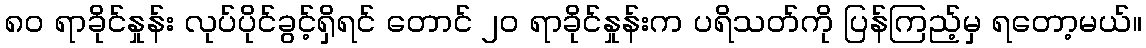
၈၀ ရာခိုင်နှုန်း လုပ်ပိုင်ခွင့်ရှိရင် တောင် ၂၀ ရာခိုင်နှုန်းက ပရိသတ်ကို ပြန်ကြည့်မှ ရတော့မယ်။